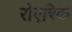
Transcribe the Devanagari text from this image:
रोएरिक